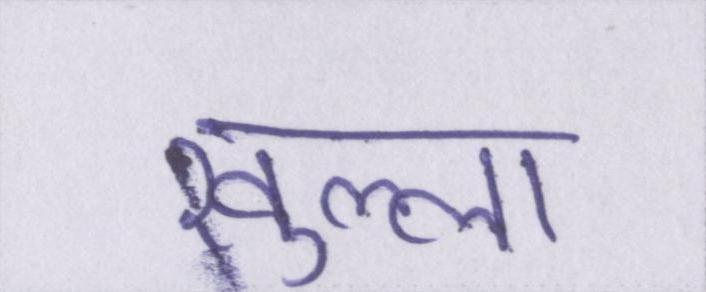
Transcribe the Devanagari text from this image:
खुल्ला